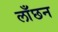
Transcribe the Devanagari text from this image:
लाँछन